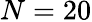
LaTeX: N=20